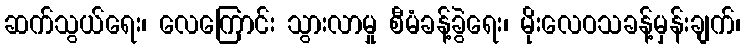
ဆက်သွယ်ရေး၊ လေကြောင်း သွားလာမှု စီမံခန့်ခွဲရေး၊ မိုးလေဝသခန့်မှန်းချက်၊